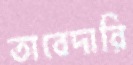
তাবেদারি